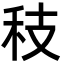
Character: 秓